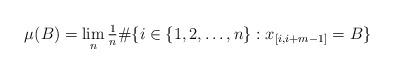
LaTeX: \begin{align*}\mu(B) = \lim_n \tfrac1n\#\{i\in\{1,2,\dots,n\}: x_{[i,i+m-1]}=B\}\end{align*}